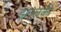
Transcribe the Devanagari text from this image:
झल्लकी